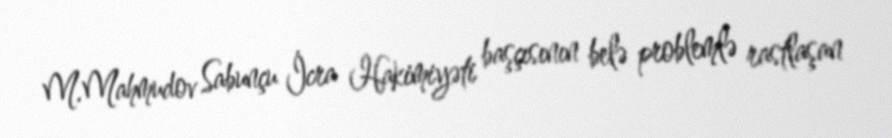
M.Mahmudov Sabunçu İcra Hakimiyəti başçısının belə problemlə rastlaşan